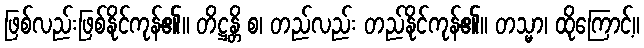
ဖြစ်လည်းဖြစ်နိုင်ကုန်၏။ တိဋ္ဌန္တိ စ၊ တည်လည်း တည်နိုင်ကုန်၏။ တသ္မာ၊ ထိုကြောင့်။